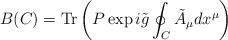
LaTeX: \begin{align*}B(C)= {\rm Tr} \left( P \exp i\tilde{g} \oint_C \tilde{A}_\mu dx^\mu \right)\end{align*}